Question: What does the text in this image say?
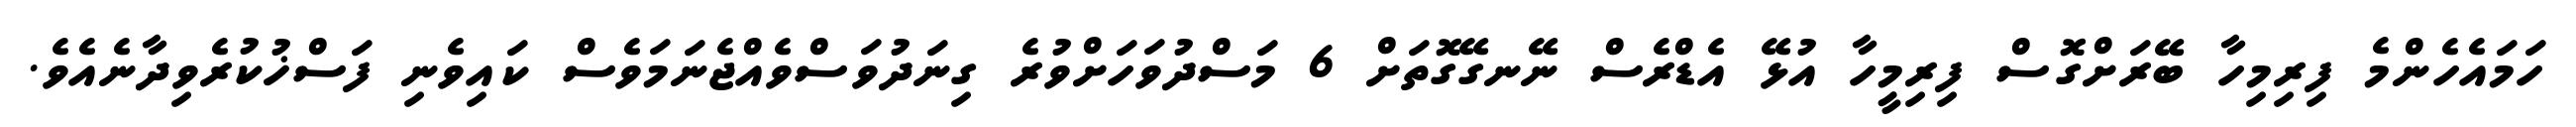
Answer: ހަމައެހެންމެ ފިރިމިހާ ބޭރަށްގޮސް ފިރިމީހާ އުޅޭ އެޑްރެސް ނޭނގޭގޮތަށް 6 މަސްދުވަހަށްވުރެ ގިނަދުވަސްވެއްޖެނަމަވެސް ކައިވެނި ފަސްޚުކުރެވިދާނެއެވެ.